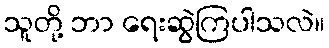
သူတို့ ဘာ ရေးဆွဲကြပါသလဲ။